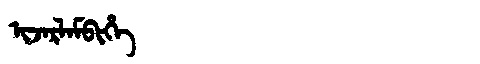
Manchu: ᡳᠵᠠᡵᠯᠠᠮᠪᡳᡥᡝ
Romanization: IJARLAMBIHE